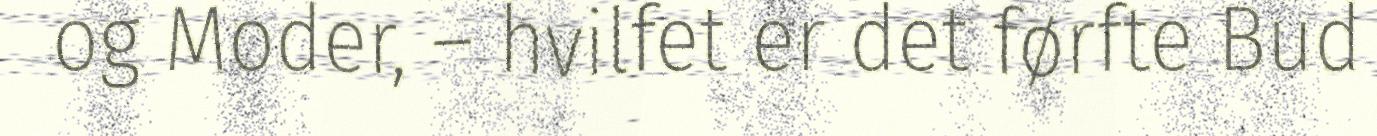
og Moder, – hvilfet er det førfte Bud